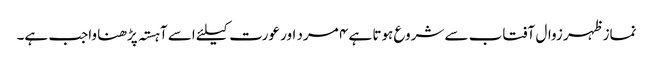
نماز ظہر زوال آفتاب سے شروع ہوتا ہے ۴ مرد اور عورت کیلئے اسے آہستہ پڑھنا واجب ہے۔